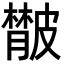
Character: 𦡨